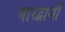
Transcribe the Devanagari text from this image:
भारद्वाजी